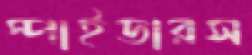
স্পাইডারস